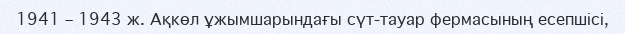
1941 – 1943 ж. Ақкөл ұжымшарындағы сүт-тауар фермасының есепшісі,